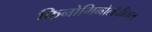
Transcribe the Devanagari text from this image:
फ़िनोमिनोलॅजीकल